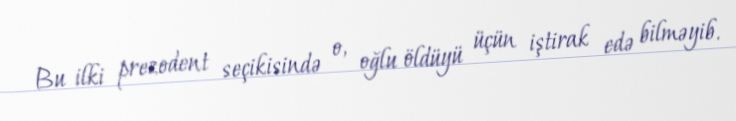
Bu ilki prezodent seçikisində o, oğlu öldüyü üçün iştirak edə bilməyib.